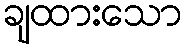
ချထားသော